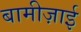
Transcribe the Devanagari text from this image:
बामीज़ाई